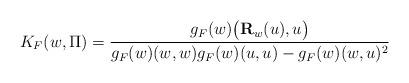
LaTeX: \begin{align*}K_F(w,\Pi) = \frac{g_F(w)\bigl({\bf R}_w(u),u\bigr)}{g_F(w)(w,w)g_F(w)(u,u)-g_F(w)(w,u)^2} \end{align*}